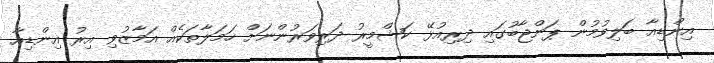
އިންޑިއާ ބަލިވުމުން ޕަންޖާބުގައި ދިރިއުޅޭ ކަޝްމީރު ދަރިވަރުންނަށް ހަމަލާތަކެއް އަމާޒުވި އިރު އިންޑިއާ